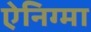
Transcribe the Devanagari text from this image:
ऐनिग्मा